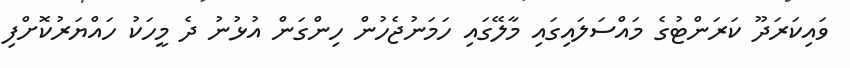
ވައިކަރަދޫ ކަރަންޓުގެ މައްސަލައިގައި މާލޭގައި ހަމަނުޖެހުން ހިންގަން އުޅުނު ދެ މީހަކު ހައްޔަރުކޮށްފި